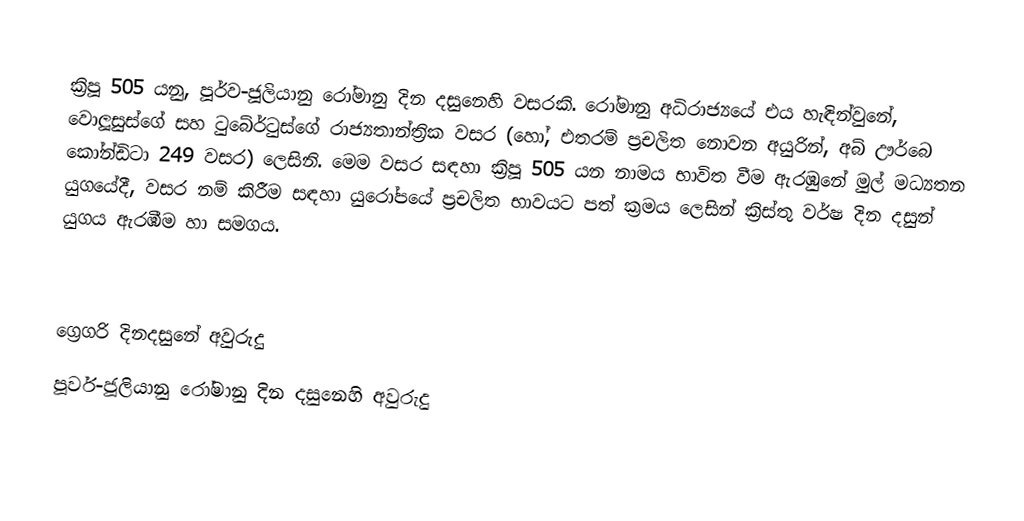

ක්‍රිපූ 505 යනු, පූර්ව-ජූලියානු රෝමානු දින දසුනෙහි වසරකි. රෝමානු අධිරාජ්‍යයේ එය හැඳින්වුනේ, වොලූසුස්ගේ සහ ටුබේර්ටුස්ගේ රාජ්‍යතාන්ත්‍රික වසර (හෝ, එතරම් ප්‍රචලිත නොවන අයුරින්, අබ් ඌර්බෙ කෝන්ඩිටා 249 වසර) ලෙසිනි. මෙම වසර සඳහා ක්‍රිපූ 505 යන නාමය භාවිත වීම ඇරඹුනේ මුල්  මධ්‍යතන යුගයේදී, වසර නම් කිරීම සඳහා යුරෝපයේ ප්‍රචලිත භාවයට පත් ක්‍රමය ලෙසින් ක්‍රිස්තු වර්ෂ දින දසුන් යුගය ඇරඹීම හා සමගය.

ග්‍රෙගරි දිනදසුනේ අවුරුදු
පූර්ව-ජූලියානු රෝමානු දින දසුනෙහි අවුරුදු